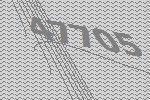
47705